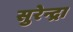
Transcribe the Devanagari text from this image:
सुरेन्द्रा